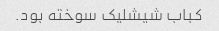
کباب شیشلیک سوخته بود.